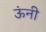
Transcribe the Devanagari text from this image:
ऊंनी